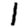
Digit: 1